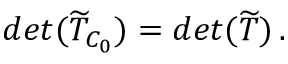
d e t ( \widetilde { T } _ { C _ { 0 } } ) = d e t ( \widetilde { T } ) \, .